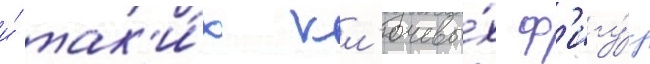
и́ так'и́х кл'ючевы́х ф'игу́р